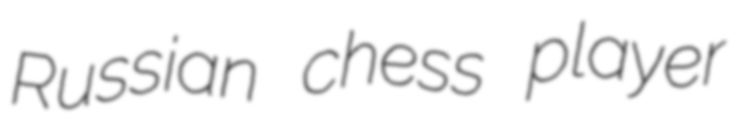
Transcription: Russian chess player